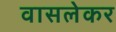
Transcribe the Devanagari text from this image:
वासलेकर